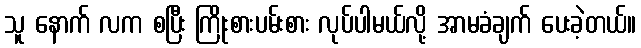
သူ နောက် လက စပြီး ကြိုးစားပမ်းစား လုပ်ပါမယ်လို့ အာမခံချက် ပေးခဲ့တယ်။